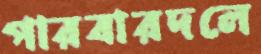
পারবারদলে